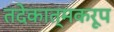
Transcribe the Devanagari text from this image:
तदेकात्मकरूप